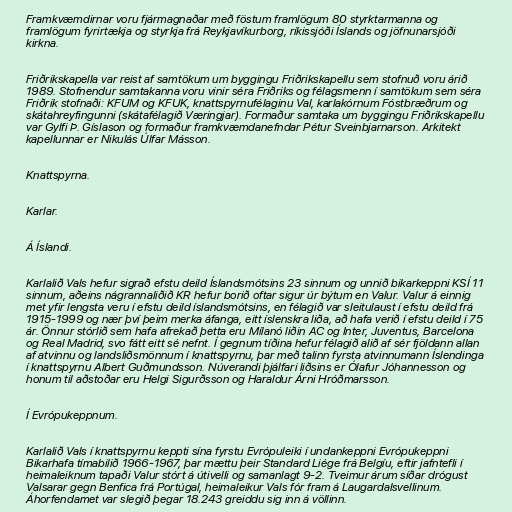
Framkvæmdirnar voru fjármagnaðar með föstum framlögum 80 styrktarmanna og
framlögum fyrirtækja og styrkja frá Reykjavíkurborg, ríkissjóði Íslands og jöfnunarsjóði
kirkna.

Friðrikskapella var reist af samtökum um byggingu Friðrikskapellu sem stofnuð voru árið
1989. Stofnendur samtakanna voru vinir séra Friðriks og félagsmenn í samtökum sem séra
Friðrik stofnaði: KFUM og KFUK, knattspyrnufélaginu Val, karlakórnum Fóstbræðrum og
skátahreyfingunni (skátafélagið Væringjar). Formaður samtaka um byggingu Friðrikskapellu
var Gylfi Þ. Gíslason og formaður framkvæmdanefndar Pétur Sveinbjarnarson. Arkitekt
kapellunnar er Nikulás Úlfar Másson.

Knattspyrna.

Karlar.

Á Íslandi.

Karlalið Vals hefur sigrað efstu deild Íslandsmótsins 23 sinnum og unnið bikarkeppni KSÍ 11
sinnum, aðeins nágrannaliðið KR hefur borið oftar sigur úr býtum en Valur. Valur á einnig
met yfir lengsta veru í efstu deild íslandsmótsins, en félagið var sleitulaust í efstu deild frá
1915-1999 og nær því þeim merka áfanga, eitt íslenskra liða, að hafa verið í efstu deild í 75
ár. Önnur stórlið sem hafa afrekað þetta eru Mílanó liðin AC og Inter, Juventus, Barcelona
og Real Madrid, svo fátt eitt sé nefnt. Í gegnum tíðina hefur félagið alið af sér fjöldann allan
af atvinnu og landsliðsmönnum í knattspyrnu, þar með talinn fyrsta atvinnumann Íslendinga
í knattspyrnu Albert Guðmundsson. Núverandi þjálfari liðsins er Ólafur Jóhannesson og
honum til aðstoðar eru Helgi Sigurðsson og Haraldur Árni Hróðmarsson.

Í Evrópukeppnum.

Karlalið Vals í knattspyrnu keppti sína fyrstu Evrópuleiki í undankeppni Evrópukeppni
Bikarhafa tímabilið 1966-1967, þar mættu þeir Standard Liége frá Belgíu, eftir jafntefli í
heimaleiknum tapaði Valur stórt á útivelli og samanlagt 9-2. Tveimur árum síðar drógust
Valsarar gegn Benfica frá Portúgal, heimaleikur Vals fór fram á Laugardalsvellinum.
Áhorfendamet var slegið þegar 18.243 greiddu sig inn á völlinn.